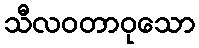
သီလဝတာဝုသော